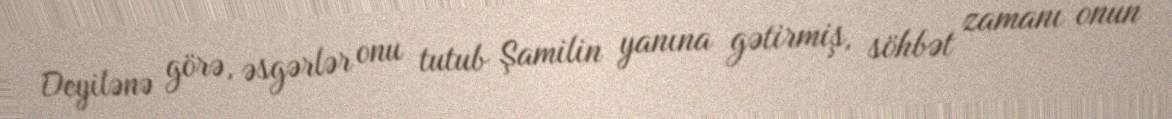
Deyilənə görə, əsgərlər onu tutub Şamilin yanına gətirmiş, söhbət zamanı onun